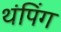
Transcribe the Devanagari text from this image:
थंपिंग